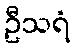
ဦသရံ